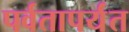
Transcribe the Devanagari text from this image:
पर्वतापर्यंत